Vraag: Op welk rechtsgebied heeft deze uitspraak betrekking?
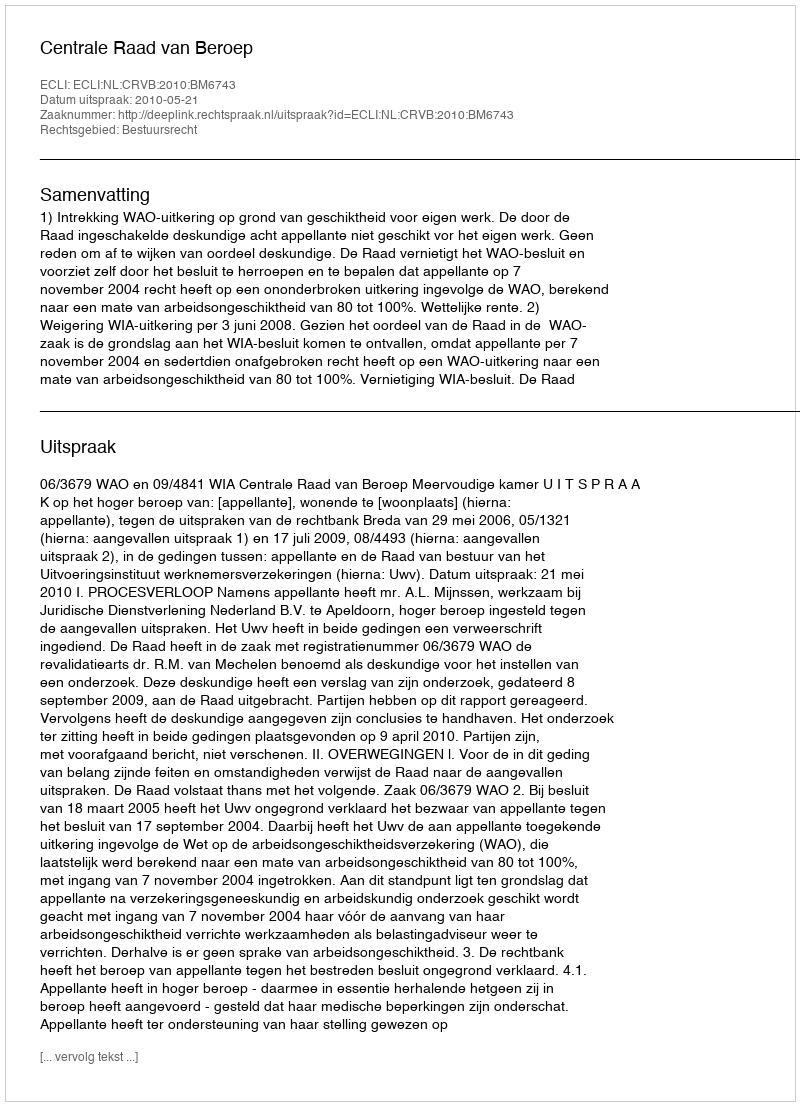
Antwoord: Bestuursrecht